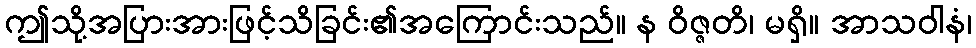
ဤသို့အပြားအားဖြင့်သိခြင်း၏အကြောင်းသည်။ န ဝိဇ္ဇတိ၊ မရှိ။ အာသဝါနံ၊